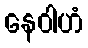
နေဝါဟံ